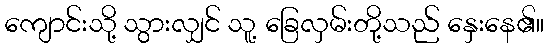
ကျောင်းသို့ သွားလျှင် သူ့ ခြေလှမ်းတို့သည် နှေးနေ၏။